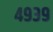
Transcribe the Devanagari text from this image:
४९३९